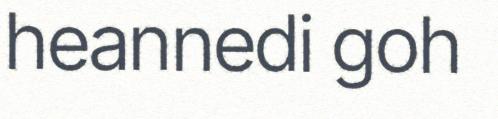
heannedi goh